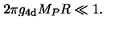
2 \pi g _ { \mathrm { 4 d } } M _ { P } R \ll 1 .